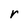
Character: r